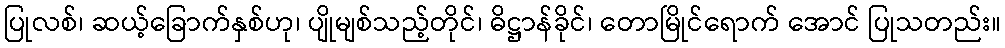
ပြုလစ်၊ ဆယ့်ခြောက်နှစ်ဟု၊ ပျိုမျစ်သည့်တိုင်၊ ဓိဋ္ဌာန်ခိုင်၊ တောမြိုင်ရောက် အောင် ပြုသတည်း။